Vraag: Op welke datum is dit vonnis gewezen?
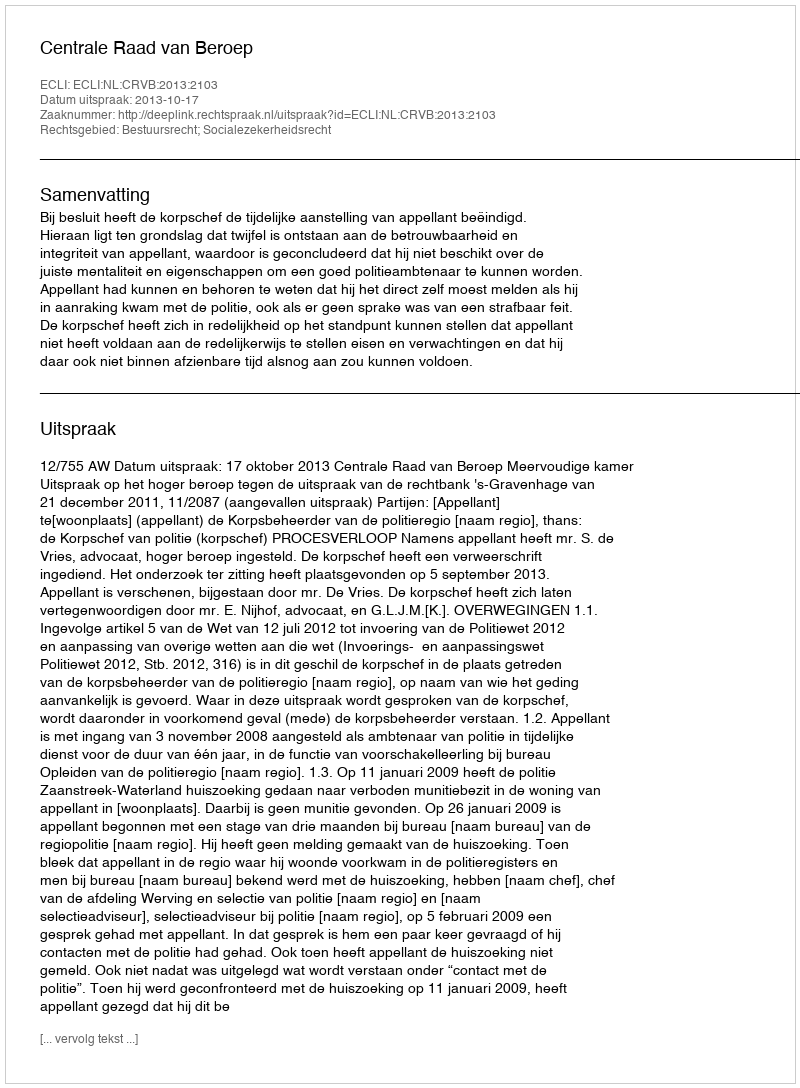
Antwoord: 2013-10-17